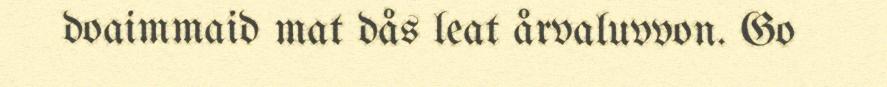
doaimmaid mat dås leat årvaluvvon. Go